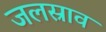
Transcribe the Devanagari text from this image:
जलस्राव